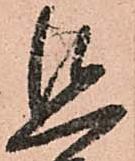
追